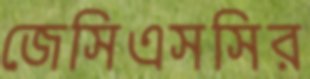
জেসিএসসির